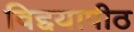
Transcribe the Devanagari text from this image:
विद्दयापीठ